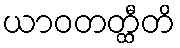
ယာဝတတ္ထီတိ